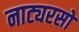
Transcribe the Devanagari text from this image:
नाट्यरसों